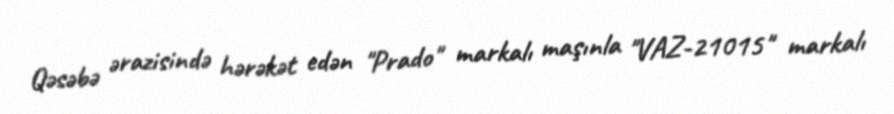
Qəsəbə ərazisində hərəkət edən "Prado" markalı maşınla "VAZ-21015" markalı